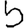
Digit: 5